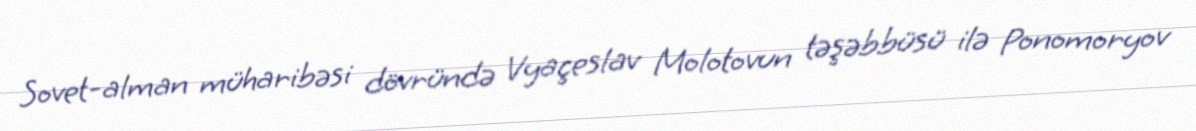
Sovet-alman müharibəsi dövründə Vyaçeslav Molotovun təşəbbüsü ilə Ponomoryov